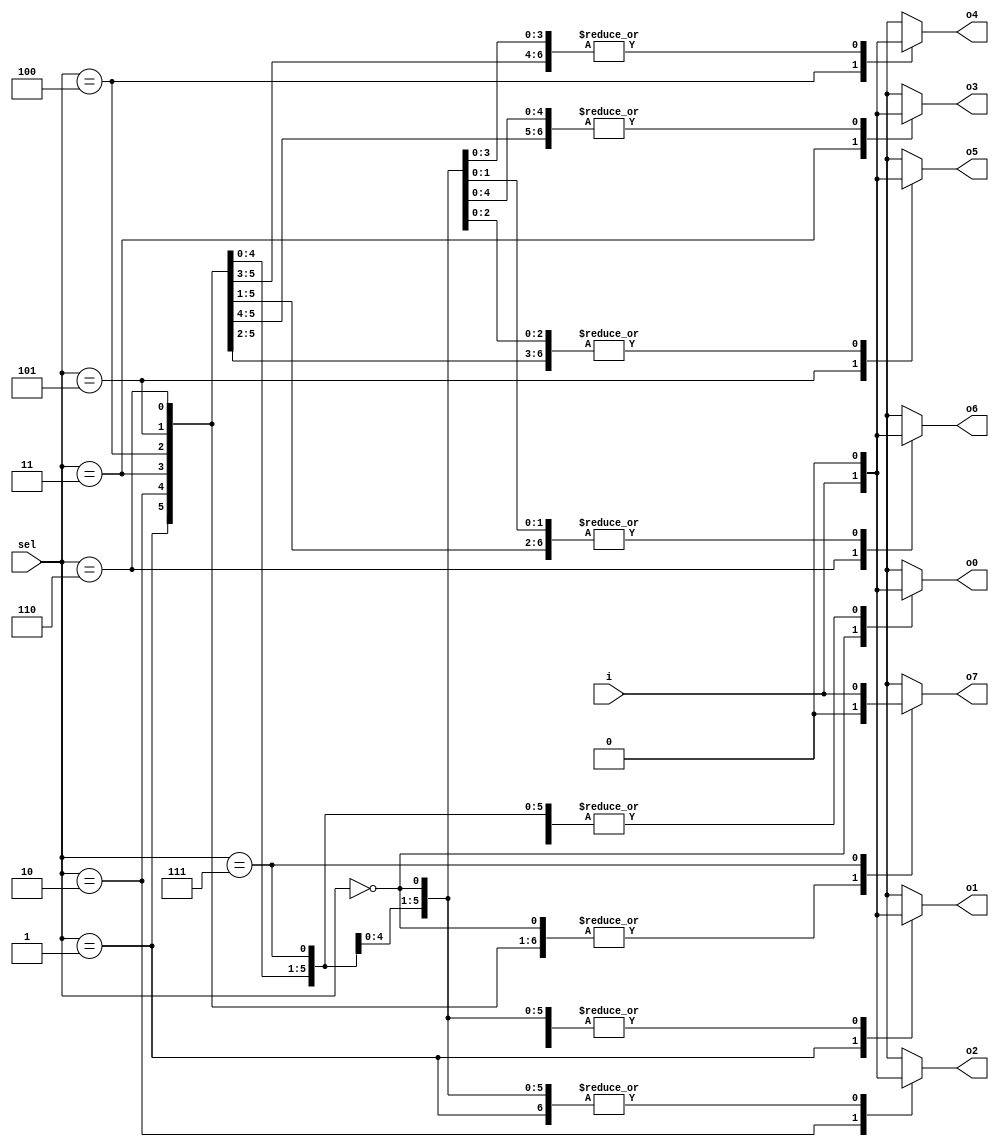
module demux_case (output o0 , output o1, output o2 , output o3, output o4, output o5, output o6 , output o7 , input [2:0] sel  , input i);
reg [7:0]y_int;
assign {o7,o6,o5,o4,o3,o2,o1,o0} = y_int;
integer k;
always @ (*)
begin
y_int = 8'b0;
	case(sel)
		3'b000 : y_int[0] = i;
		3'b001 : y_int[1] = i;
		3'b010 : y_int[2] = i;
		3'b011 : y_int[3] = i;
		3'b100 : y_int[4] = i;
		3'b101 : y_int[5] = i;
		3'b110 : y_int[6] = i;
		3'b111 : y_int[7] = i;
	endcase

end
endmodule